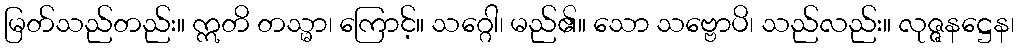
မြတ်သည်တည်း။ ဣတိ တသ္မာ၊ ကြောင့်။ သဂ္ဂေါ၊ မည်၏။ သော သဗ္ဗောပိ၊ သည်လည်း။ လုဇ္ဇနဋ္ဌေန၊